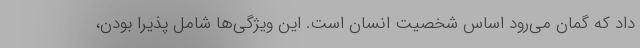
داد که گمان می‌رود اساس شخصیت انسان است. این ویژگی‌ها شامل پذیرا بودن،